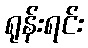
ရုန်းရင်း